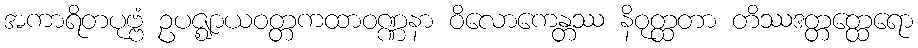
အကာရိတပုဗ္ဗံ ဥပဇ္ဈာယဝတ္တကထာဝဏ္ဏနာ ဝိလောကေန္တဿ နိဝုတ္ထတာ တိဿဒတ္တတ္ထေရော